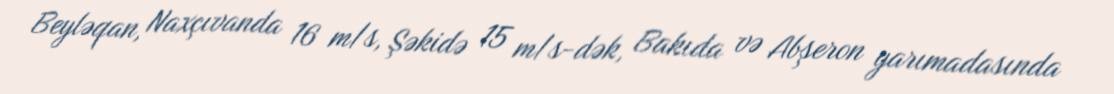
Beyləqan, Naxçıvanda 16 m/s, Şəkidə 15 m/s-dək, Bakıda və Abşeron yarımadasında